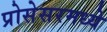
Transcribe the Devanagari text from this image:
प्रोसेसरमध्ये